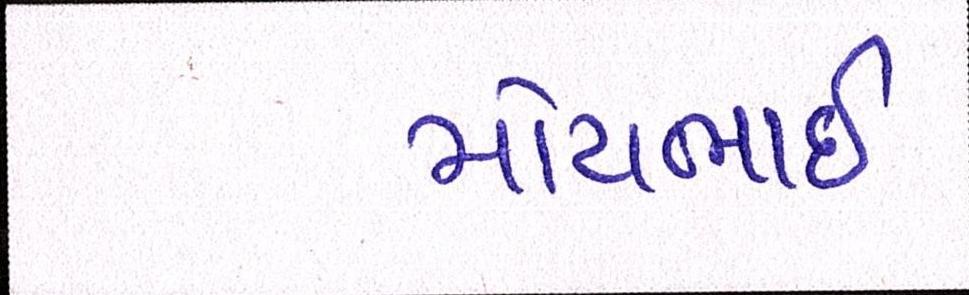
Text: મોટાભાઈ